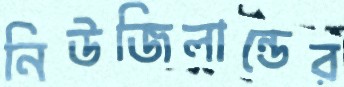
নিউজিলান্ডের